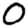
Digit: 0